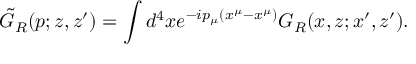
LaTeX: \tilde { G } _ { R } ( p ; z , z ^ { \prime } ) = \int d ^ { 4 } x e ^ { - i p _ { \mu } ( x ^ { \mu } - x ^ { \mu } ) } G _ { R } ( x , z ; x ^ { \prime } , z ^ { \prime } ) .